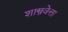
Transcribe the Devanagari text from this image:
शास्त्रवेत्ता